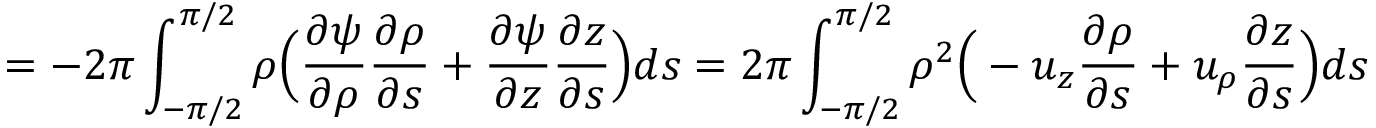
= - 2 \pi \int _ { - \pi / 2 } ^ { \pi / 2 } \rho \Big ( \frac { \partial \psi } { \partial \rho } \frac { \partial \rho } { \partial s } + \frac { \partial \psi } { \partial z } \frac { \partial z } { \partial s } \Big ) d s = 2 \pi \int _ { - \pi / 2 } ^ { \pi / 2 } \rho ^ { 2 } \Big ( - u _ { z } \frac { \partial \rho } { \partial s } + u _ { \rho } \frac { \partial z } { \partial s } \Big ) d s